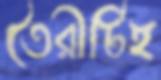
তৈরীটিই